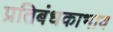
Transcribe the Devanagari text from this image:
प्रतिबंधकाभाव